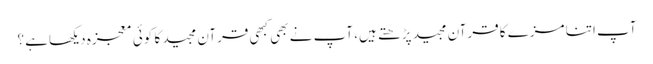
آپ اتنا مزے کا قرآن مجید پڑھتے ہیں، آپ نے بھی کبھی قرآن مجید کا کوئی معجزہ دیکھاہے ؟